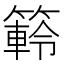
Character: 䉖